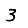
Digit: 3